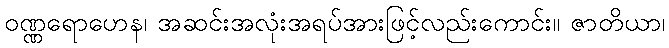
ဝဏ္ဏရောဟေန၊ အဆင်းအလုံးအရပ်အားဖြင့်လည်းကောင်း။ ဇာတိယာ၊